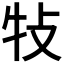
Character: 𤘴